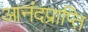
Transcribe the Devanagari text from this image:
आनंदप्राप्ति